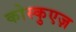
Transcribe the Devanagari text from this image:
कोस्कुएज़